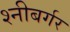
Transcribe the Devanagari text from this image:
श्नीबर्गर